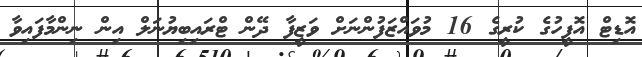
އޮޑިޓް އޮފީހުގެ ކުރީގެ 16 މުވައްޒަފުންނަށް ވަޒީފާ ދޭން ޓްރައިބިޔުނަލް އިން ނިންމާފައިވާ